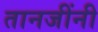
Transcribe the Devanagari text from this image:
तानजींनी